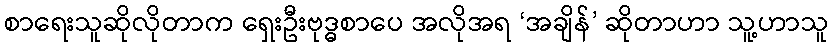
စာရေးသူဆိုလိုတာက ရှေးဦးဗုဒ္ဓစာပေ အလိုအရ ‘အချိန်’ ဆိုတာဟာ သူ့ဟာသူ